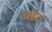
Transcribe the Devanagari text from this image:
जांट